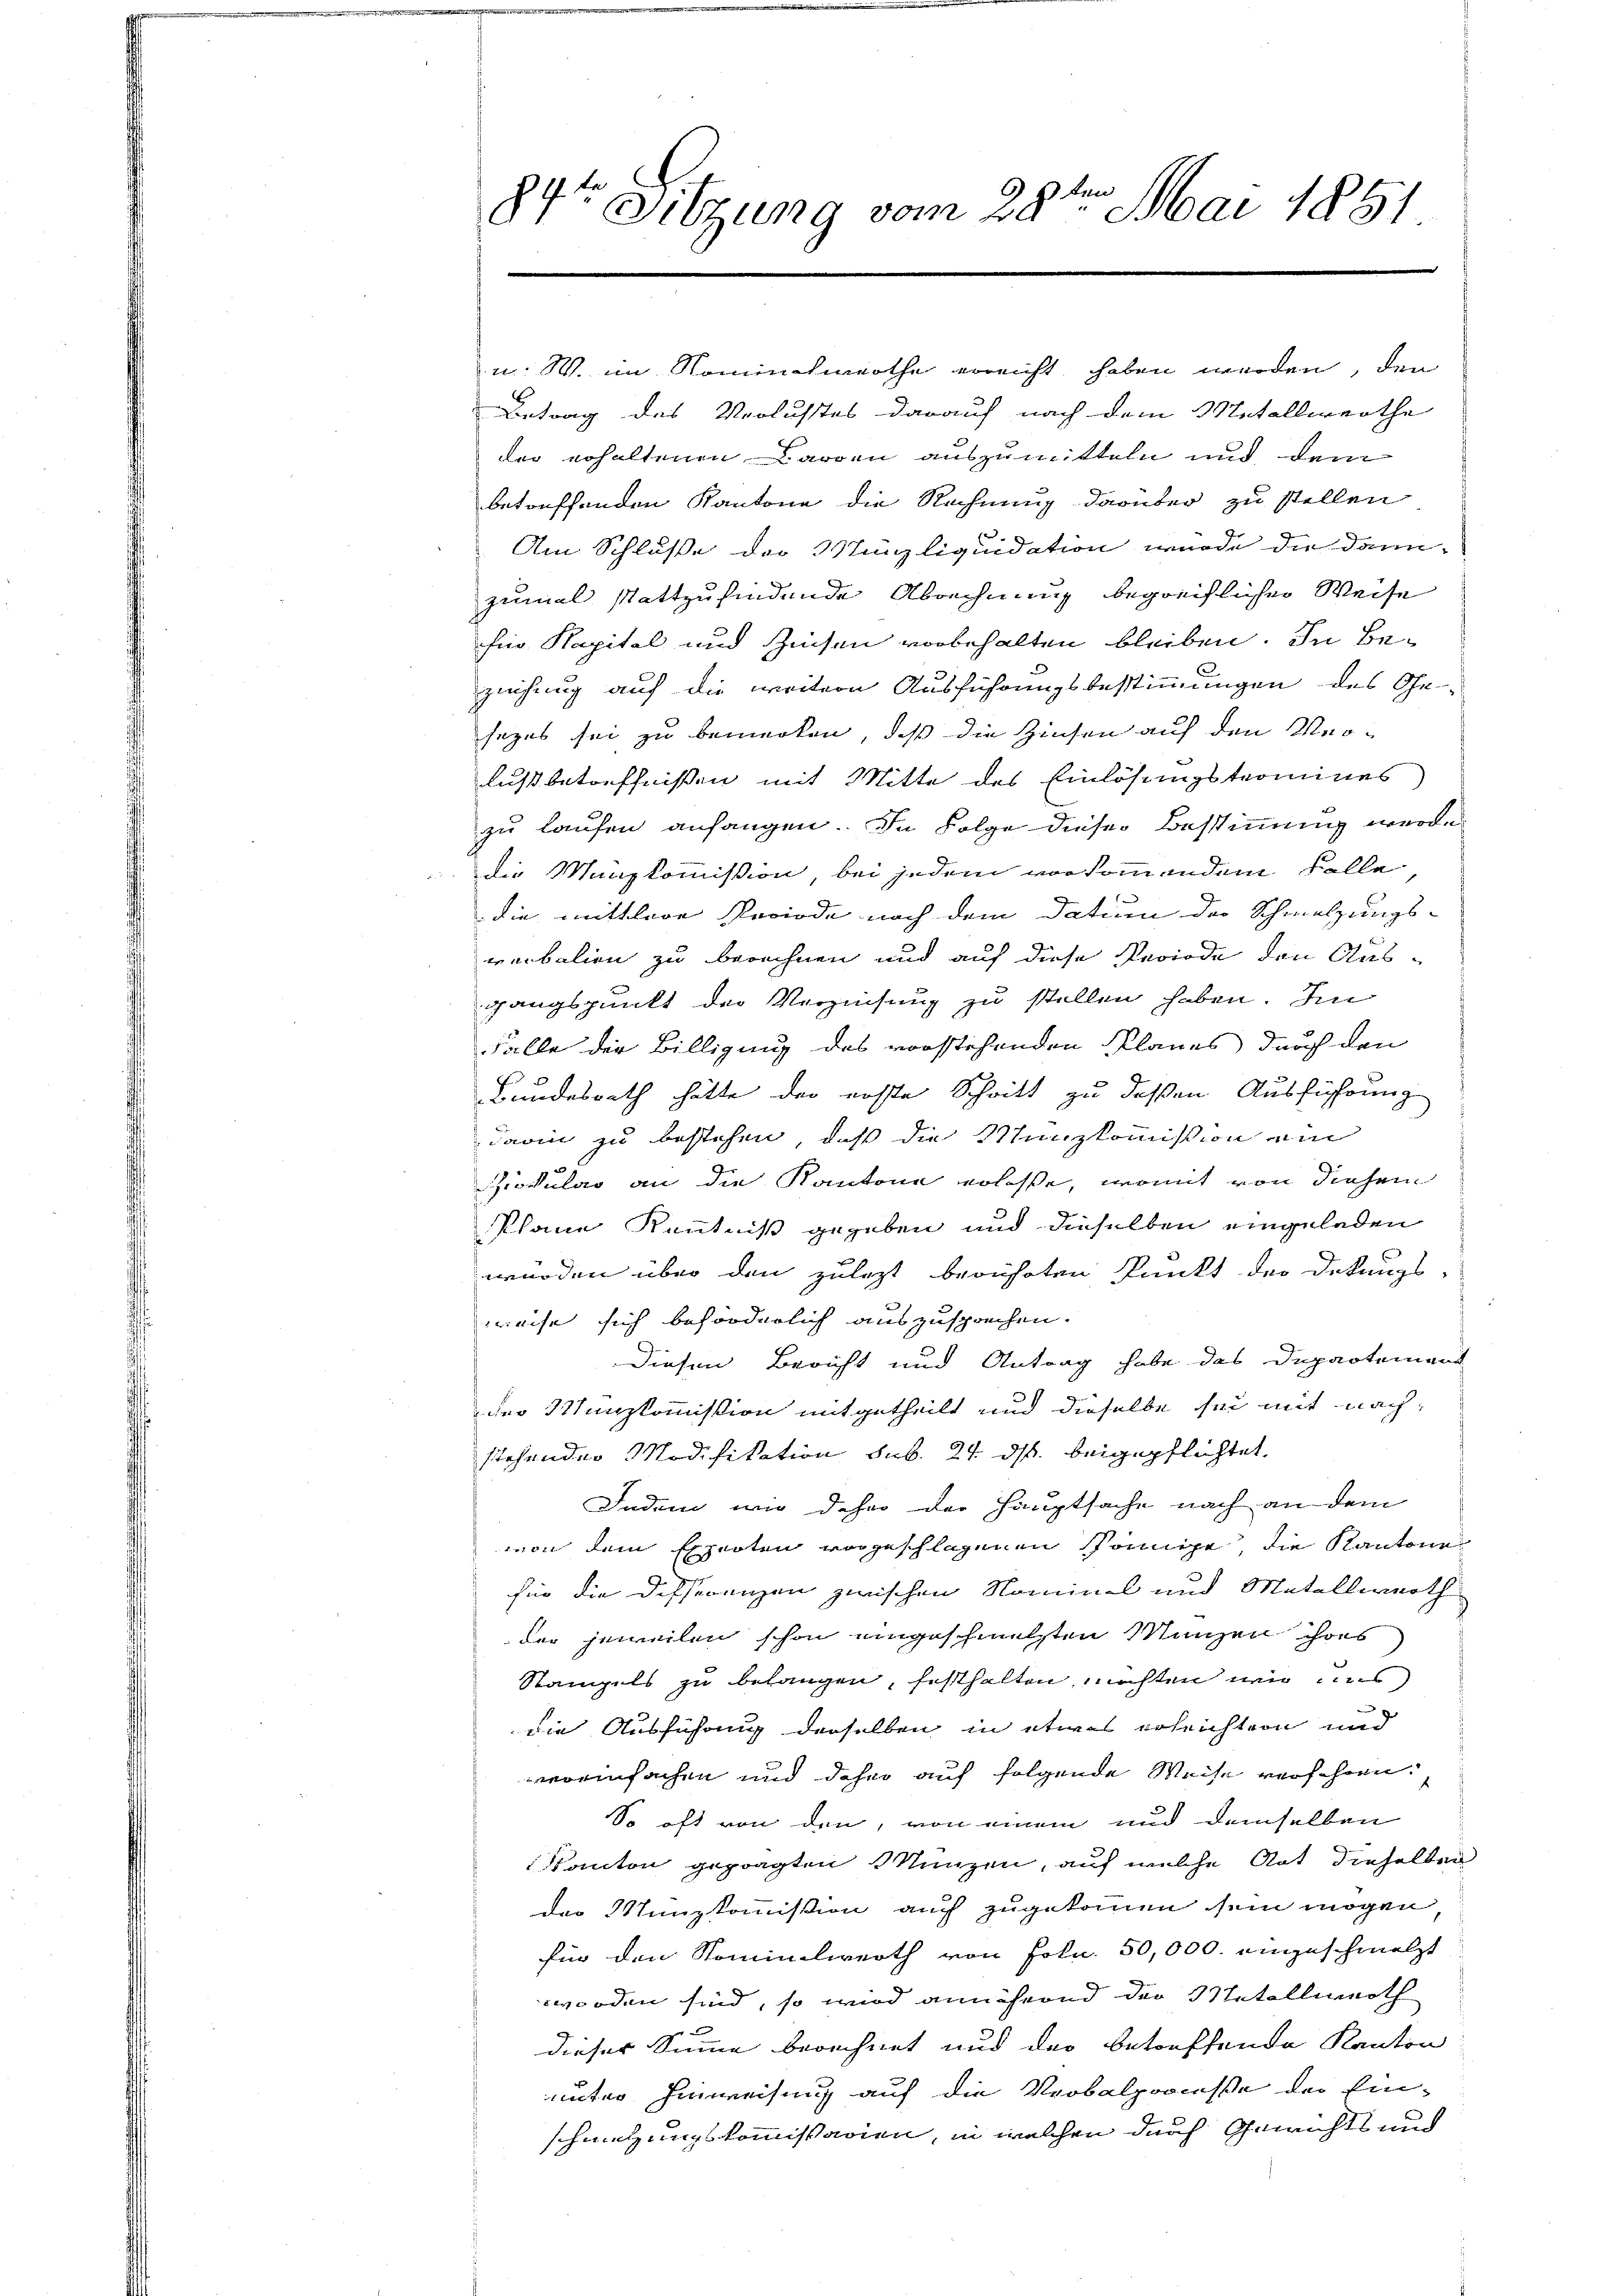
84te Sitzung vom 28ten Mai 1851

u. W. im Nominchwerthe erreicht haben werden, den
Betrag des Verlustes darauf nach dem Metallwerthe
der erhaltenen Carden auszumitteln und dem
betreffenden Kantone die Rechnung darüber zu stellen
Am Schluße der Münzliquidation wurde die dann-
zumal stattzufindende Abrechnung begreiflicher Weise
für Kapital und Zinsen vorbehalten bleiben. In Beziehung auf die weitere Ausführungsbestimmungen des Gesezes sei zu bemerken, daß die Zinsen auf den Verlußbetreffnißen mit Mitte des Einlösungstromines
zu laufen anfangen. In Folge dieser Bestimmung werde
die Manzkommission, bei jedem vorkommendem Kolle
die mittlere Periode nach dem Datum der Schmelzungs-
verbalien zu berechnen und auf diese Periode den Ausgangspunkt der Verzinsung zu stellen haben. Im
Falle der Billigung des vorstehenden Planes durch den
Bundesrath hätte der erste Schritt zu deßen Ausführung
darin zu bestehen, daß die Munzkommission am
ikular an die Kantone erlasse, womit von diesem
Klaue Kenntniß gegeben und dieselben eingeladen
würden über den zulezt berührten Punkt der Detungs-
weise sich beförderlich auszusprechen.
Diesen Bericht und Antrag habe das Departement
der Manzkommission mitgetheilt und dieselbe sei mit nachstehender Modifikation sub. 24. ds. beigepflichtet,
Indem wir daher der Hauptsache nach an dem
von dem Experten vorgeschlagenen Sonnige, die Kantone
für die Differenzen zwischen Nominal und Metallwerth
der jeweilen schon eingeschmelzten Manzen ihres
Stampels zu belangen, festhalten, möchten wir uns
die Ausführung derselben in etwas erleichtern und
eeinfachen und daher auf folgende Weise verschien
So oft von den, von einem und demselben
kanton geprägten Münzen, auf welche Art dieselben
der Stunzkommission auf zugekommen sein mögen
für den Nominelwerth von Foln. 50,000. angeschmelzt
worden sind, so wird annährend der Metallwerth
dieser Summe berechnet und das betreffende Kanton
unter Hinweisung auf die Verbalproceße der Emschmitzungskommissarien, in welchen durch Gewichts und